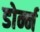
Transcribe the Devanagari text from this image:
डोर्न्न